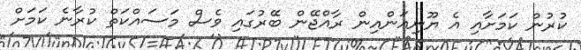
ކުރުން ކަމަށާއި އެ ޔޫނިއަންއިން ރާއްޖޭން ބޭރުގައި ވެސް މަސައްކަތް ކުރާނެ ކަމަށް